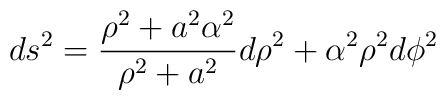
ds^2={{\rho^2 +a^2\alpha^2} \over {\rho^2+a^2}} d\rho^2 +\alpha^2\rho^2 d\phi^2